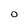
Character: 0